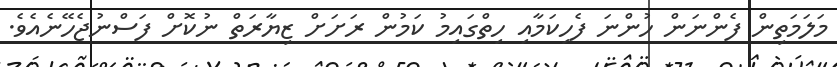
މަލަމަތިން ފެންނަން ހުންނަ ފެހިކަމާއި ހިތްގައިމު ކަމުން ރަށަށް ޒިޔާރަތް ނުކޮށް ފަސްނުޖެހޭނެއެވެ.